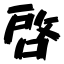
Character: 啓